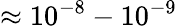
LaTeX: \approx 10^{-8}-10^{-9}